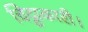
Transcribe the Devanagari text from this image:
चिट्ठाकारी।